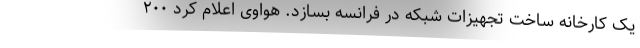
یک کارخانه ساخت تجهیزات شبکه در فرانسه بسازد. هواوی اعلام کرد ۲۰۰